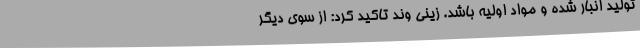
تولید انبار شده و مواد اولیه باشد. زینی وند تاکید کرد: از سوی دیگر